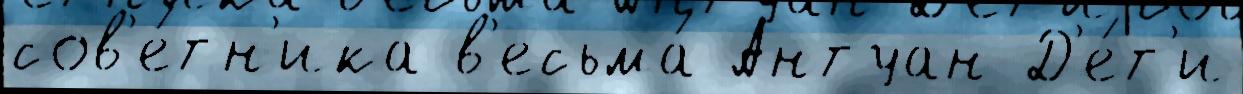
сов'е́тн'ика в'есьма́ Антуан Д'е́т'и